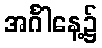
အင်္ဂါနေ့၌